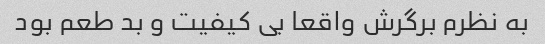
به نظرم برگرش واقعا بی کیفیت و بد طعم بود